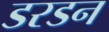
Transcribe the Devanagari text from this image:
डरडन